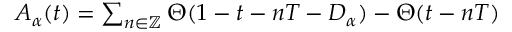
\begin{array} { r } { A _ { \alpha } ( t ) = \sum _ { n \in \mathbb { Z } } \Theta ( 1 - t - n T - D _ { \alpha } ) - \Theta ( t - n T ) } \end{array}